Black-water fever - Number 35
Disease focus: Fever
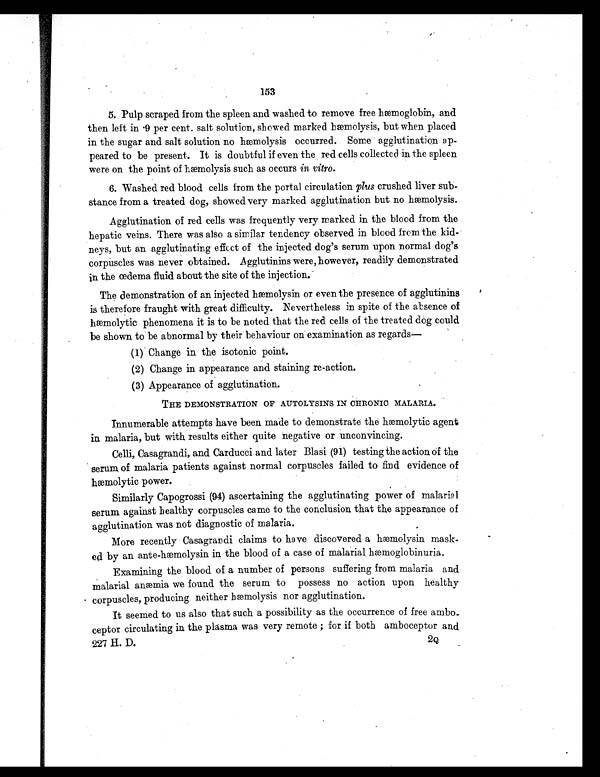
153
5. Pulp scraped from the spleen and washed to remove free hæmoglobin, and
then left in .9 per cent. salt solution, showed marked hæmolysis, but when placed
in the sugar and salt solution no hæmolysis occurred. Some agglutination ap-
peared to be present. It is doubtful if even the red cells collected in the spleen
were on the point of hæmolysis such as occurs in vitro.
6. Washed red blood cells from the portal circulation plus crushed liver sub-
stance from a treated dog, showed very marked agglutination but no hæmolysis.
Agglutination of red cells was frequently very marked in the blood from the
hepatic veins. There was also a similar tendency observed in blood from the kid-
neys, but an agglutinating effect of the injected dog's serum upon normal dog's
corpuscles was never obtained. Agglutinins were, however, readily demonstrated
in the oedema fluid about the site of the injection.
The demonstration of an injected hæmolysin or even the presence of agglutinins
is therefore fraught with great difficulty. Nevertheless in spite of the absence of
h æ m o l y t i c p h e n o m e n a i t i s t o b e n o t e d t h a t t h e r e d c e l l s o f t h e t r e a t e d d o g c o u l d
be shown to be abnormal by their behaviour on examination as regards—
( 1 ) C h a n g e i n t h e i s o t o n i c p o i n t .
( 2 ) C h a n g e i n a p p e a r a n c e a n d s t a i n i n g r e - a c t i o n .
( 3 ) A p p e a r a n c e o f a g g l u t i n a t i o n .
THE DEMONSTRATION OF AUTOLYSINS IN CHRONIC MALARIA.
Innumerable attempts have been made to demonstrate the haemolytic agent
in malaria, but with results either quite negative or unconvincing.
Celli, Casagrandi, and Carducci and later Blasi (91) testing the action of the
serum of malaria patients against normal corpuscles failed to find evidence of
hæmolytic power.
Similarly Capogrossi (94) ascertaining the agglutinating power of malarial
serum against healthy corpuscles came to the conclusion that the appearance of
agglutination was not diagnostic of malaria.
More recently Casagrandi claims to have discovered a Hæmolysin mask-
ed by an ante-hæmolysin in the blood of a case of malarial hæmoglobinuria.
Examining the blood of a number of persons suffering from malaria and
malarial anæmia we found the serum to possess no action upon healthy
• corpuscles, producing neither hæmolysis nor agglutination.
It seemed to us also that such a possibility as the occurrence of free ambo-
ceptor circulating in the plasma was very remote ; for if both amboceptor and
227 H. D.
2Q